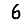
Digit: 6